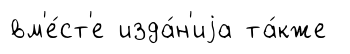
вм'е́ст'е изда́н'иjа та́кже